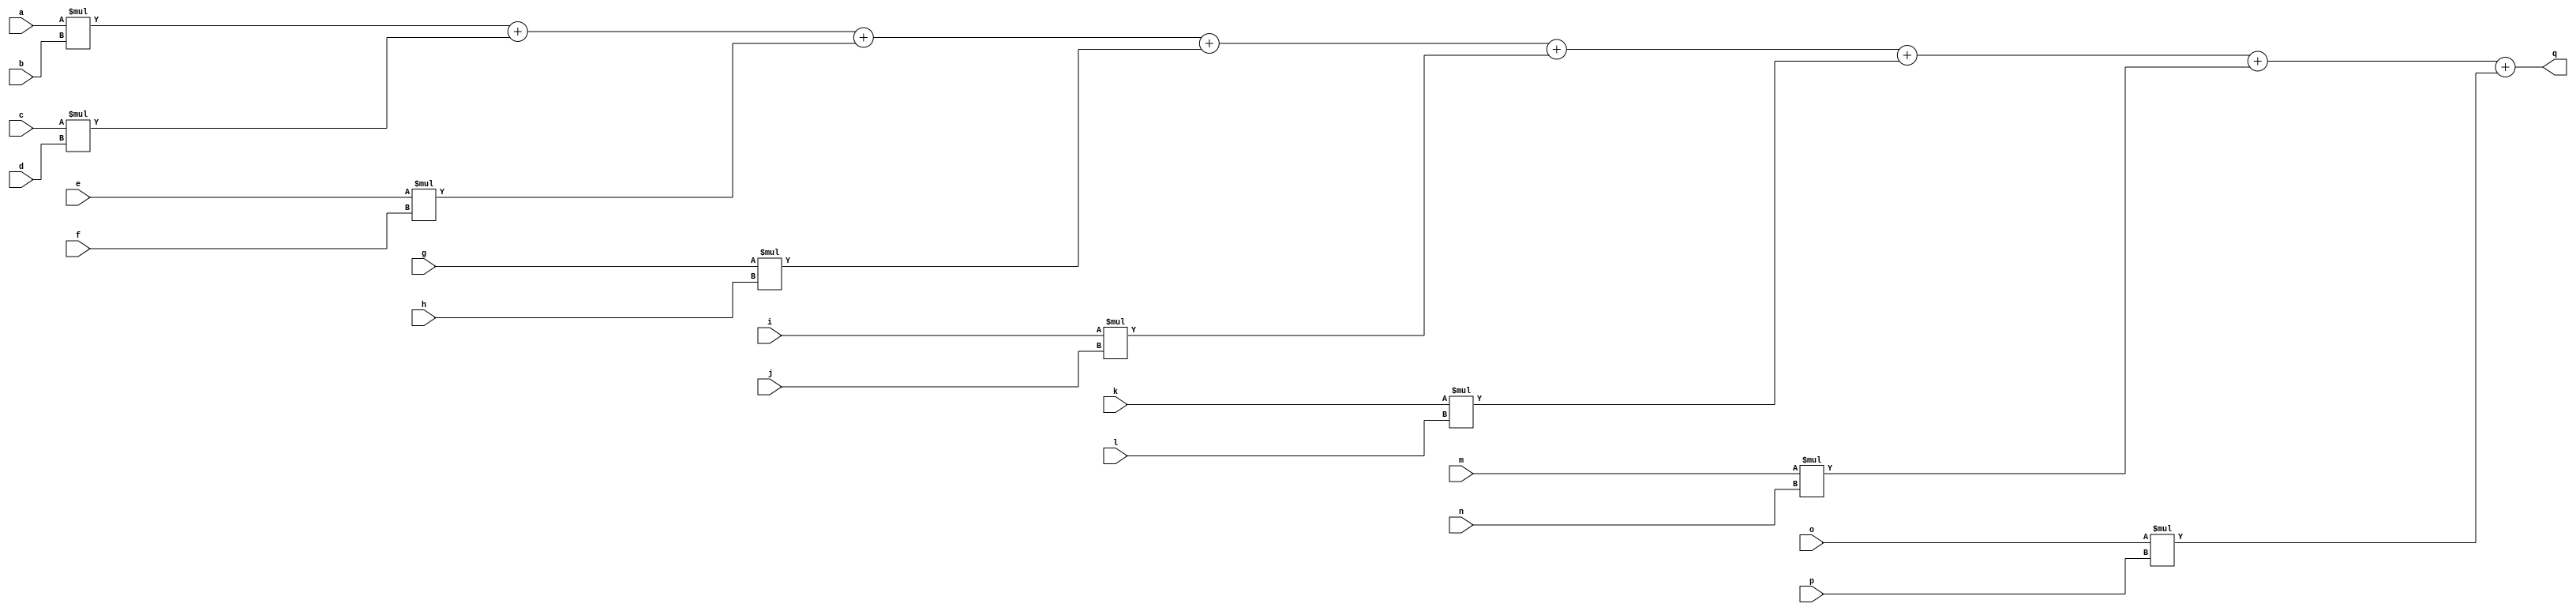
module top_word(a, b, c, d, e, f, g, h, i, j, k, l, m, n, o, p, q);
input signed [5:0] a;
input signed [5:0] b;
input signed [5:0] c;
input signed [5:0] d;
input signed [5:0] e;
input signed [5:0] f;
input signed [5:0] g;
input signed [5:0] h;
input signed [5:0] i;
input signed [5:0] j;
input signed [5:0] k;
input signed [5:0] l;
input signed [5:0] m;
input signed [5:0] n;
input signed [5:0] o;
input signed [5:0] p;
output signed [8:0] q;

assign q = a*b + c*d + e*f + g*h + i*j + k*l + m*n + o*p;

endmodule